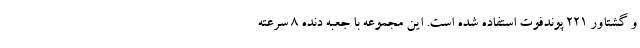
و گشتاور 221 پوندفوت استفاده شده است. این مجموعه با جعبه دنده 8 سرعته